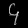
Digit: ၄